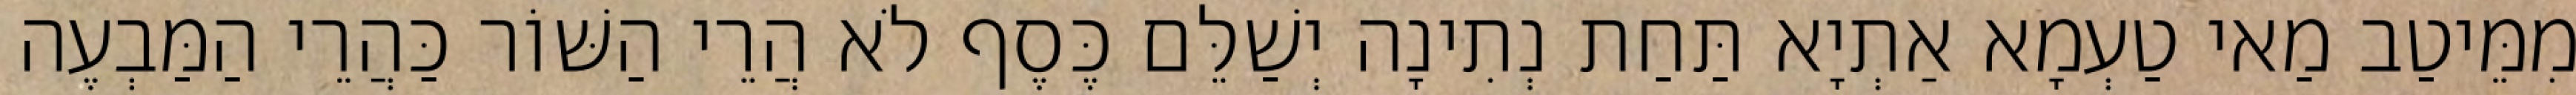
מִמֵּיטַב מַאי טַעְמָא אַתְיָא תַּחַת נְתִינָה יְשַׁלֵּם כֶּסֶף לֹא הֲרֵי הַשּׁוֹר כַּהֲרֵי הַמַּבְעֶה